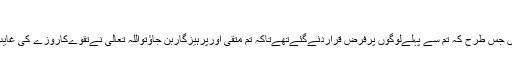
حالانکہ اللہ تبارک وتعالی کاارشاد ہے :
اللہ تعالی کایہ فرمان تم پرفرض کئےگئےہیں یعنی تم پربھی اس طرح فرض کئےگئے ہیں جس طرح کہ تم سے پہلےلوگوں پرفرض قراردئےگئےتھےتاکہ تم متقی اورپرہیزگاربن جاؤتواللہ تعالی نےتقوےکاروزے کی غایت اور روزےکوتقوےکےحصول کاوسیلہ بنایاہےتوآپ پریہ حرام ہےکہ آپ ایساکام کریں ۔